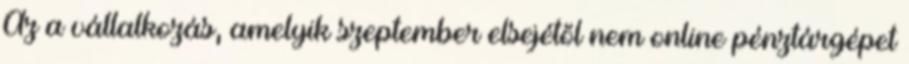
Az a vállalkozás, amelyik szeptember elsejétől nem online pénztárgépet